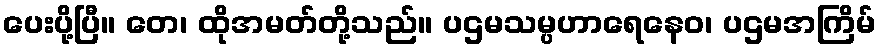
ပေးပို့ပြီ။ တေ၊ ထိုအမတ်တို့သည်။ ပဌမသမ္ပဟာရေနေဝ၊ ပဌမအကြိမ်